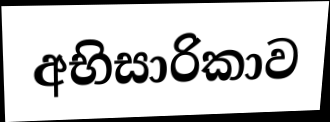
අභිසාරිකාව